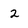
Character: 2